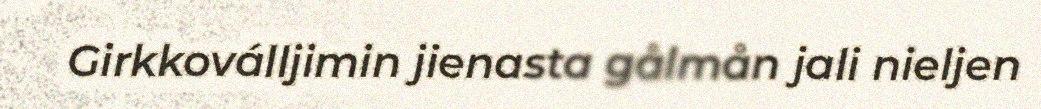
Girkkoválljimin jienasta gålmån jali nieljen